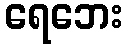
ရေဘေး